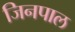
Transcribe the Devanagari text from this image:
जिनपाल